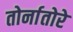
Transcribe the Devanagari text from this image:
तोर्नातोरे